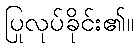
ပြုလုပ်ခိုင်း၏။